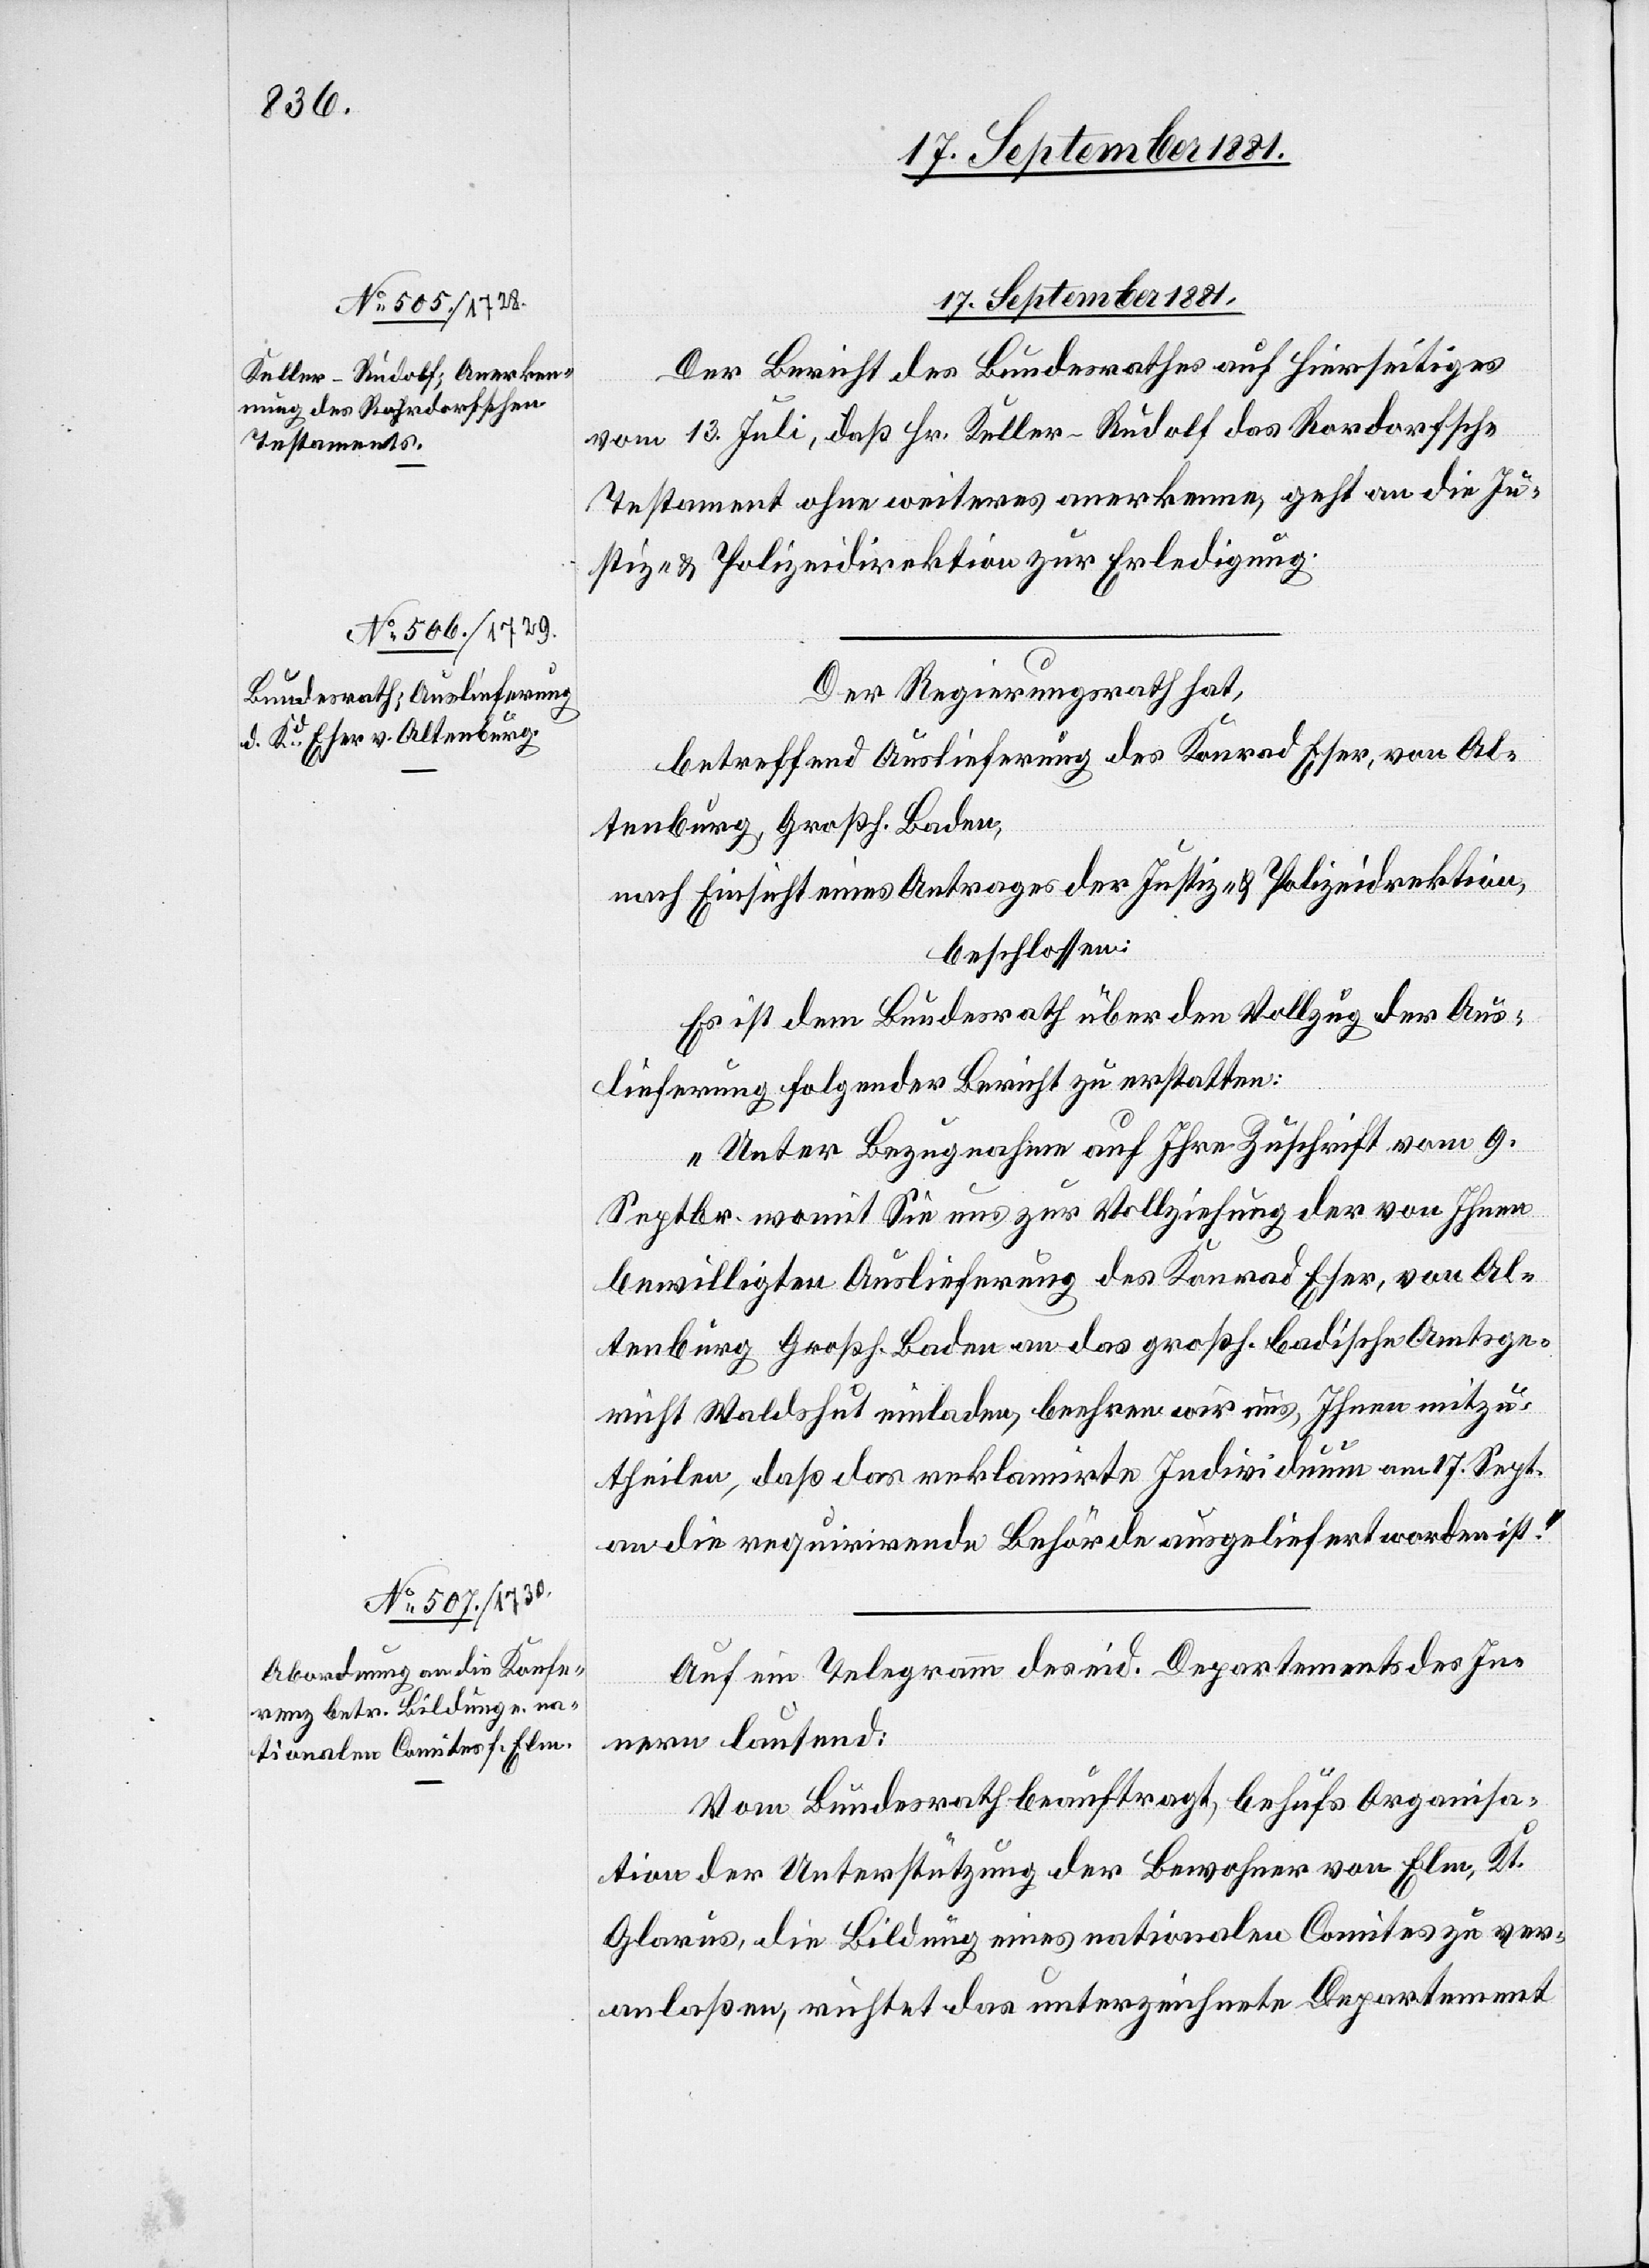
17. September
17. September 1881.
Der Bericht des Bundesrathes auf Hierseitiges
vom 13. Juli, daß Hr. Keller-Rudolf das Rordorfsche
Testament ohne weiteres anerkenne, geht an die Ju¬
stiz- & Polizeidirektion zur Erledigung.
Der Regierungsrath hat,
betreffend Auslieferung des Konrad Eser, von Al¬
tenburg, Großh. Baden,
nach Einsicht eines Antrages der Justiz- & Polizeidirektion,
beschlossen:
Es ist dem Bundesrath über den Vollzug der Aus¬
lieferung folgender Bericht zu erstatten:
„Unter Bezugnahme auf Ihre Zuschrift vom 9.
Septbr. womit Sie uns zur Vollziehung der von Ihnen
bewilligten Auslieferung des Konrad Eser, von Al¬
tenburg Großh. Baden an das großh. badische Amtsge¬
richt Waldshut einladen, beehren wir uns Ihnen mitzu¬
theilen, daß das reklamirte Individuum am 17. Sept.
an die requirirende Behörde ausgeliefert worden ist.“
Auf ein Telegramm des eid. Departements des In¬
nern lautend:
Vom Bundesrath beauftragt, behufs Organisa¬
tion der Unterstützung der Bewohner von Elm, Kt.
Glarus, die Bildung eines nationalen Comites zu ver¬
anlaßen, richtet das unterzeichnete Departement